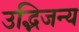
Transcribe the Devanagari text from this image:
उद्भिजन्य